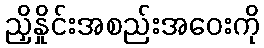
ညှိနှိုင်းအစည်းအဝေးကို